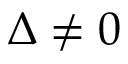
\Delta \neq 0